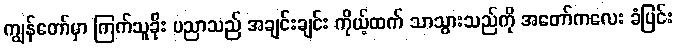
ကျွန်တော်မှာ ကြက်သူခိုး ပညာသည် အချင်းချင်း ကိုယ့်ထက် သာသွားသည်ကို အတော်ကလေး ခံပြင်း